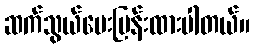
ဆက်သွယ်မေးမြန်းထားပါတယ်။